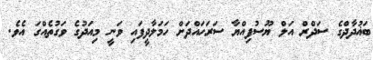
ބަޣުދާދްގެ ސަދްރް އަލް ޔޫސުފިއްޔާ ސަރަހައްދަށް ހަމަލާދީފައި ވަނީ މިއަދުގެ ވަގުތެއްގަ އެވެ.